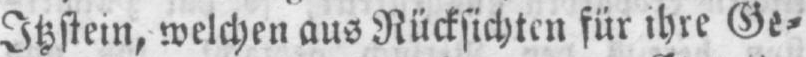
Itzstein, welchen aus Rücksichten für ihre Ge⸗